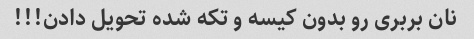
نان بربری رو بدون کیسه و تکه شده تحویل دادن!!!